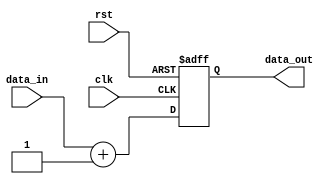
module behavioral_modeling (
    input wire clk,
    input wire rst,
    input wire [7:0] data_in,
    output reg [7:0] data_out
);

always @(posedge clk or negedge rst) begin
    if (~rst) begin
        // Reset logic
        data_out <= 8'b00000000;
    end else begin
        // Data processing logic
        data_out <= data_in + 8'b00000001;
    end
end

endmodule